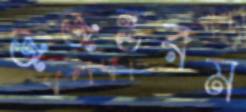
জজন্তরম